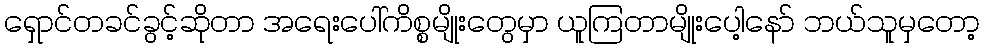
ရှောင်တခင်ခွင့်ဆိုတာ အရေးပေါ်ကိစ္စမျိုးတွေမှာ ယူကြတာမျိုးပေါ့နော် ဘယ်သူမှတော့